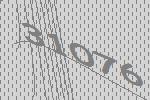
31076